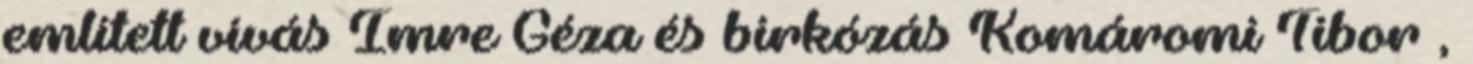
említett vívás Imre Géza és birkózás Komáromi Tibor ,